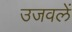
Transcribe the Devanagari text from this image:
उजवलें